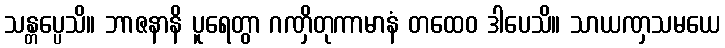
သန္တပ္ပေသိ။ ဘာဇနာနိ ပူရေတွာ ဂဏှိတုကာမာနံ တထေဝ ဒါပေသိ။ သာယဏှသမယေ